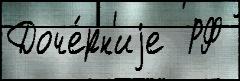
Доче́рн'иjе  РФ